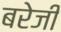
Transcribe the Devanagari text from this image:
बरेजी